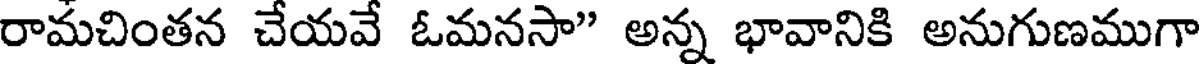
రామచింతన చేయవే ఓమనసా" అన్న భావానికి అనుగుణముగా